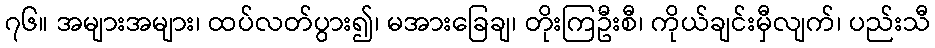
၇၆။ အများအများ၊ ထပ်လတ်ပွား၍၊ မအားခြေချ၊ တိုးကြဦးစီ၊ ကိုယ်ချင်းမှီလျက်၊ ပည်းသီ